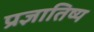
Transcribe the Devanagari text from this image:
प्रज्ञातिष्य